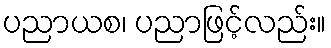
ပညာယစ၊ ပညာဖြင့်လည်း။